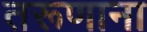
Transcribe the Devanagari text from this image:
तरूणाना